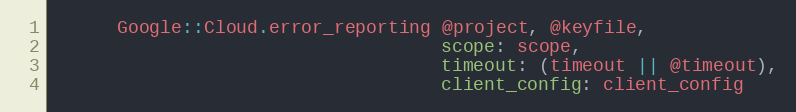
Language: Ruby
      Google::Cloud.error_reporting @project, @keyfile,
                                    scope: scope,
                                    timeout: (timeout || @timeout),
                                    client_config: client_config